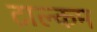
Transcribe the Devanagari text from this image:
टाल्कम